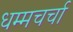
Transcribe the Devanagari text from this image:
धम्मचर्चा